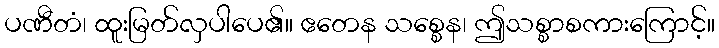
ပဏီတံ၊ ထူးမြတ်လှပါပေ၏။ ဧတေန သစ္စေန၊ ဤသစ္စာစကားကြောင့်။